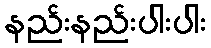
နည်းနည်းပါးပါး